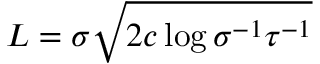
L = \sigma \sqrt { 2 c \log { \sigma ^ { - 1 } \tau ^ { - 1 } } }